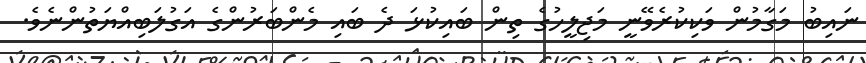
ނައިބު މަގާމުން ވަކިކުރެވޭނީ މަޖިލީހުގެ ތިން ބައިކުޅަ ދެ ބައި މެންބަރުންގެ އަގުލަބިއްޔަތުންނެވެ.